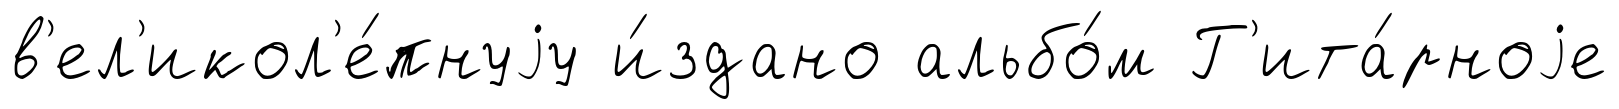
в'ел'икол'е́пнуjу и́здано альбо́м Г'ита́рноjе